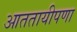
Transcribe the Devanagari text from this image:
आततायीपणा